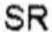
SR